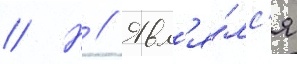
// Н // Явл'я́лс'я